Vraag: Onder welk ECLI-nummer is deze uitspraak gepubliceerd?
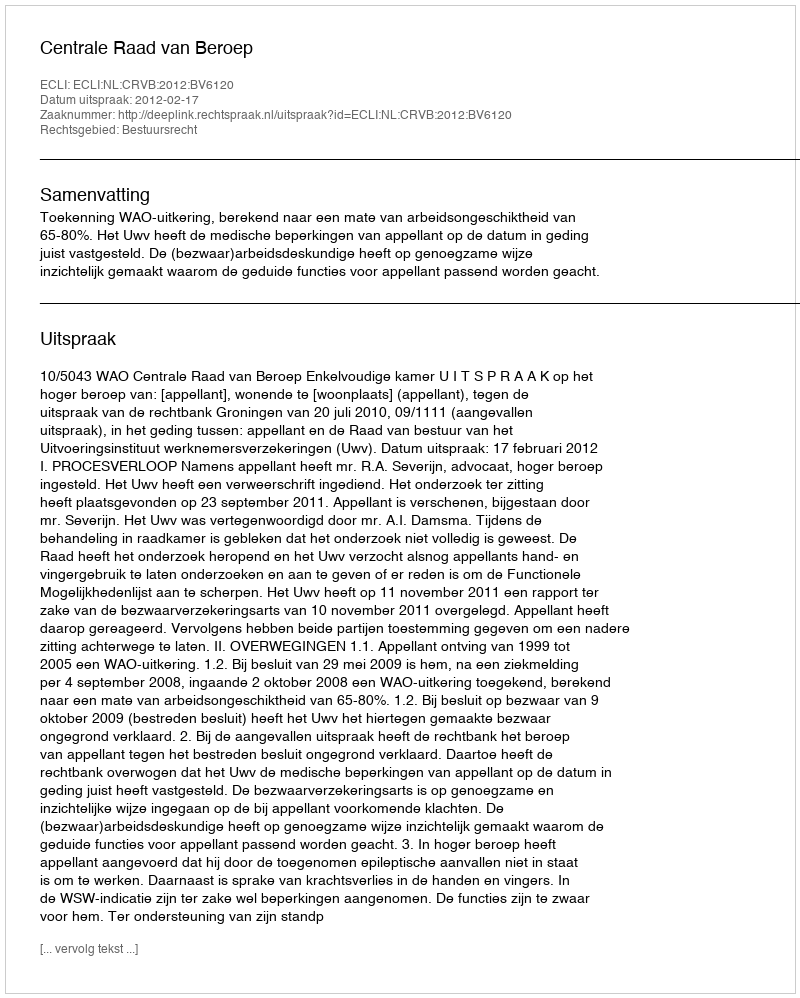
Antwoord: ECLI:NL:CRVB:2012:BV6120